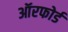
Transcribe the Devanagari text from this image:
ऑरफोर्ड